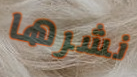
نشرها